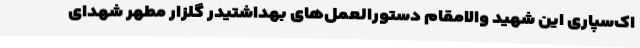
اک‌سپاری این شهید والامقام دستورالعمل‌های بهداشتیدر گلزار مطهر شهدای